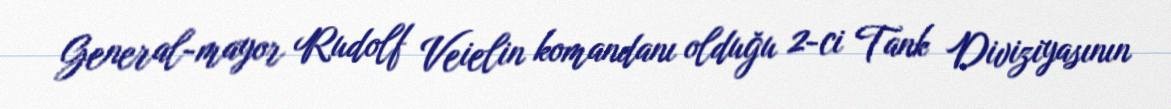
General-mayor Rudolf Veielin komandanı olduğu 2-ci Tank Diviziyasının